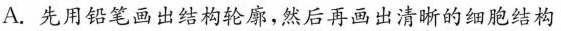
A.先用铅笔画出结构轮廓，然后再画出清晰的细胞结构